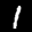
Label: 1